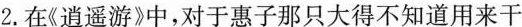
2.在《逍遥游》中，对于惠子那只大得不知道用来干